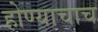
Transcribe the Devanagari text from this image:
होण्याचाच